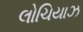
લોચિયાઝ